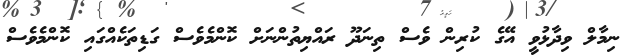
ނިމާލް ވިދާޅުވީ އޭގެ ކުރިން ވެސް ތިނަދޫ ރައްޔިތުންނަށް ކޮންމެވެސް ގަޑިތަކެއްގައި ކޮންމެވެސް